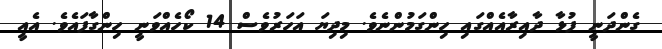
ގެންދަނީ ފުޅާ ދާއިރާއެއްގައި ހިންގަމުންނެވެ. މިދިޔަ އަހަރުވެސް 14 ކޯހެއްވަނީ ހިންގާފައެވެ. އެއީ